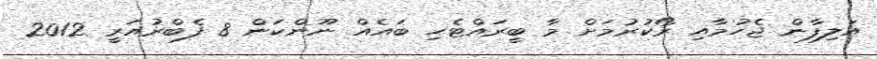
އަލިފާން ޖެހުމާއި ރޯކުރުމަށް މާ ބީރައްޓެހި ބައެއް ނޫންކަން 8 ފެބްރުއަރީ 2012